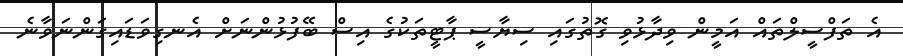
އެ ތަފްސީލްތައް އަމީން ވިދާޅުވި ގޮތުގައި ސިޔާސީ ޕާޓީތަކުގެ އިސް ބޭފުޅުންނަށް އެނގިވަޑައިގަންނަވާނެ